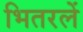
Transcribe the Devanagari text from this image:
भितरलें